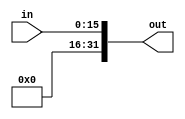
`timescale 1ns / 1ps
//////////////////////////////////////////////////////////////////////////////////
// Company: 
// Engineer: 
// 
// Design Name: 
// Module Name: immediate_signExtension
// Project Name: 
// Target Devices: 
// Tool Versions: 
`timescale 1ns / 1ps
module immediate_signExtension(in, out);

    /* A 16-Bit input word */
    input [15:0] in;
    
    /* A 32-Bit output word */
    output reg [31:0] out;   //using always @
    //output [31:0] out;   //using assign statement
    
    parameter ZEROES = 16'd0;
    
    always @(in) begin   
            out <= {ZEROES, in};
        end
  

endmodule